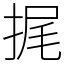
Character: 捤